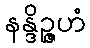
နန္ဒိဉ္ဇဟံ